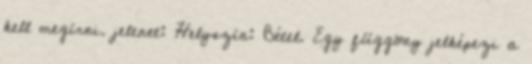
kell megírni. jelenet: Helyszín: Bétel. Egy függöny jelképezi a